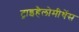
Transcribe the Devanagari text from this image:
ट्राइहैलोमीथेंस